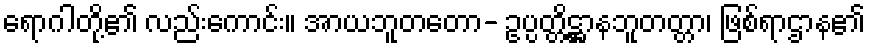
ရောဂါတို့၏ လည်းကောင်း။ အာယဘူတတော- ဥပ္ပတ္တိဋ္ဌာနဘူတတ္တာ၊ ဖြစ်ရာဌာန၏